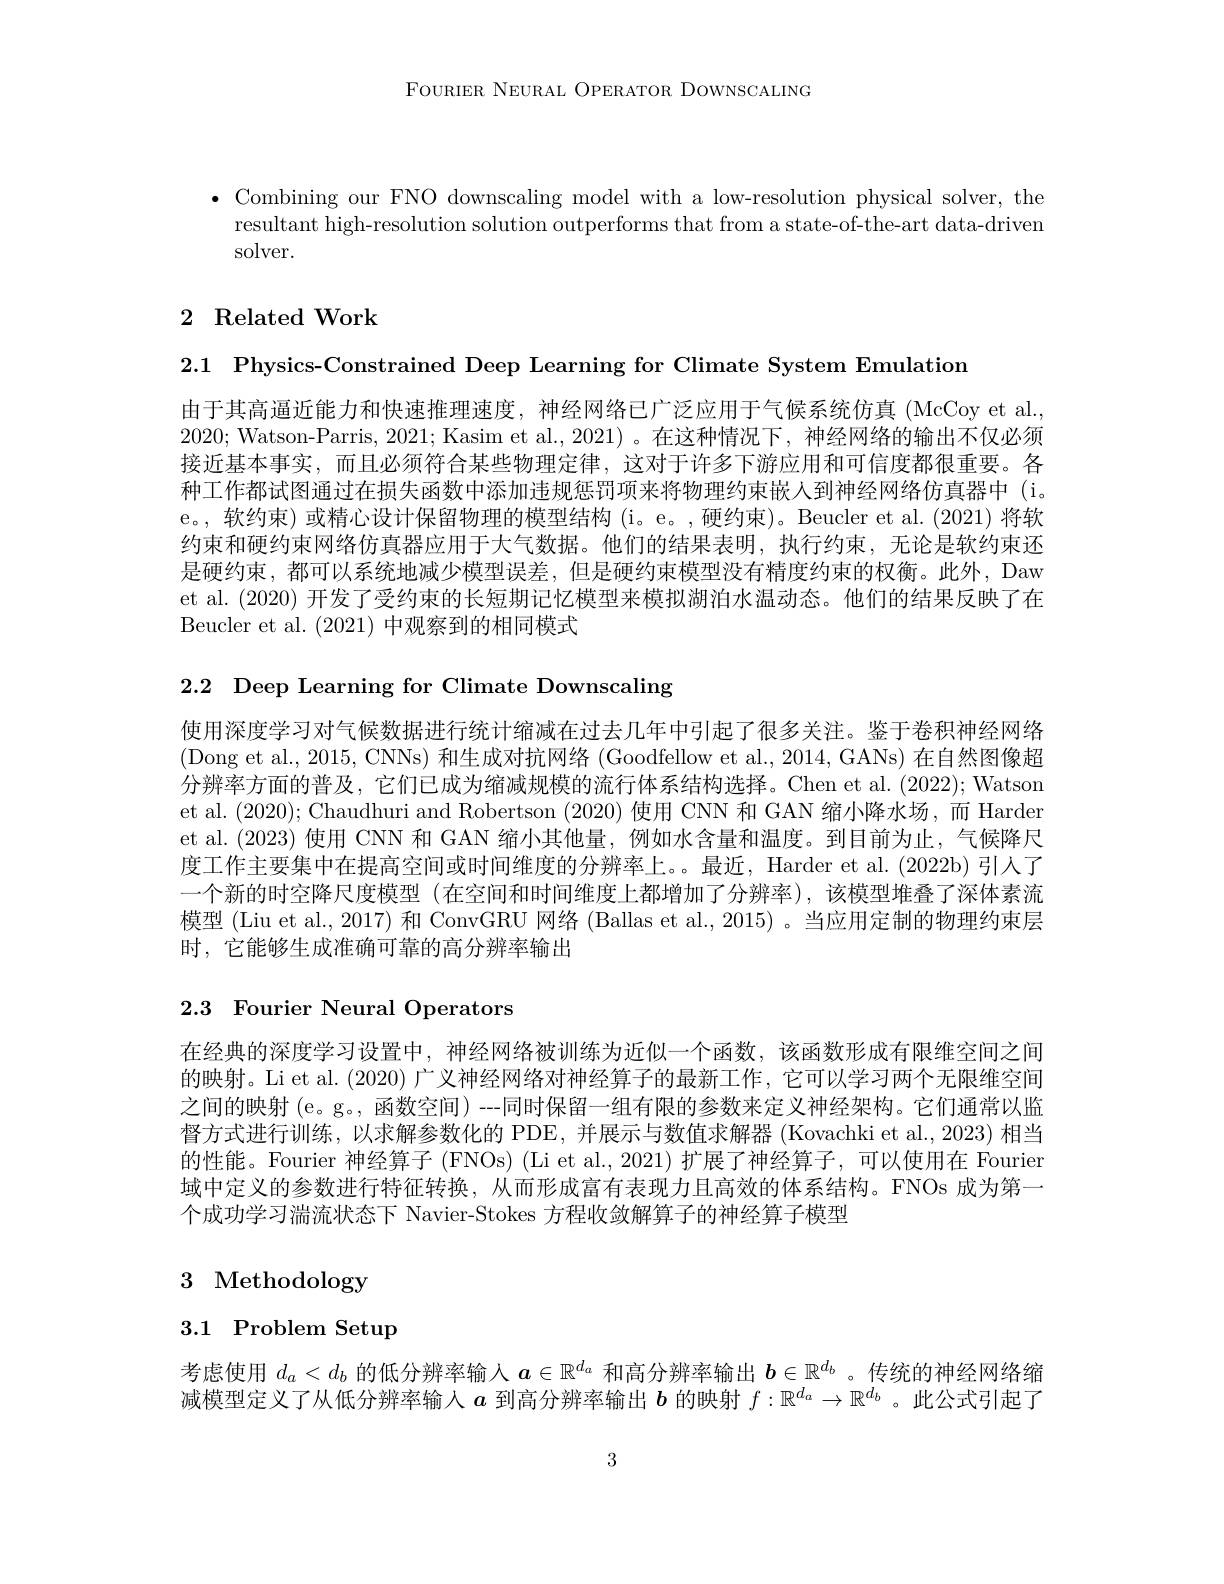
FOURIER NEURAL OPERATOR DOWNSCALING

$\bullet$ Combining our FNO downscaling model with a low-resolution physical solver, the
resultant high-resolution solution outperforms that from a state-of-the-art data-driven
solver.

## 2 Related Work

2.1 Physics-Constrained Deep Learning for Climate System Emulation

由于其高逼近能力和快速推理速度，神经网络已广泛应用于气候系统仿真(McCoy et al. 2020; Watson-Parris, 2021; Kasim et al., 2021)。在这种情况下，神经网络的输出不仅必须接近基本事实，而且必须符合某些物理定律，这对于许多下游应用和可信度都很重要。各种工作都试图通过在损失函数中添加违规惩罚项来将物理约束嵌人到神经网络仿真器中 (i。e。, 软约束) 或精心设计保留物理的模型结构 (i。e。,硬约束)。Beucler et al.(2021)将软约束和硬约束网络仿真器应用于大气数据。他们的结果表明，执行约束，无论是软约束还是硬约束，都可以系统地减少模型误差，但是硬约束模型没有精度约束的权衡。此外，Daw et al. (2020) 开发了受约束的长短期记忆模型来模拟湖泊水温动态。他们的结果反映了在Beucler et al. (2021)中观察到的相同模式

2.2 Deep Learning for Climate Downscaling

使用深度学习对气候数据进行统计缩减在过去几年中引起了很多关注。鉴于卷积神经网络(Dong et al., 2015, CNNs) 和生成对抗网络 (Goodfellow et al., 2014, GANs) 在自然图像超分辨率方面的普及，它们已成为缩减规模的流行体系结构选择。Chen et al. (2022); Watson et al. (2020); Chaudhuri and Robertson (2020)使用 CNN 和 GAN 缩小降水场，而 Harder et al.(2023) 使用 CNN 和 GAN 缩小其他量，例如水含量和温度。到目前为止，气候降尺度工作主要集中在提高空间或时间维度的分辨率上。。最近，Harder et al. (2022b) 引人了一个新的时空降尺度模型 (在空间和时间维度上都增加了分辨率),该模型堆叠了深体素流模型 (Liu et al., 2017) 和 ConvGRU 网络 (Ballas et al., 2015) 。当应用定制的物理约束层时，它能够生成准确可靠的高分辨率输出

# 2.3 Fourier Neural Operators

在经典的深度学习设置中，神经网络被训练为近似一个函数，该函数形成有限维空间之间的映射。Li et al. (2020) 广义神经网络对神经算子的最新工作，它可以学习两个无限维空间之间的映射 (e。g。, 函数空间) --同时保留一组有限的参数来定义神经架构。它们通常以监督方式进行训练，以求解参数化的 PDE, 并展示与数值求解器 (Kovachki et al., 2023) 相当的性能。Fourier 神经算子 (FNOs) (Li et al., 2021) 扩展了神经算子，可以使用在 Fourier 域中定义的参数进行特征转换，从而形成富有表现力且高效的体系结构。FNOs 成为第一个成功学习湍流状态下 Navier-Stokes 方程收敛解算子的神经算子模型

# 3 Methodology

# 3.1 Problem Setup

考虑使用$d_a<d_b$的低分辨率输人$a\in\mathbb{R}^d_a$和高分辨率输出$b\in\mathbb{R}^d_b$ 。传统的神经网络缩减模型定义了从低分辨率输入$a$到高分辨率输出$b$的映射$f:\mathbb{R}^d_a\to\mathbb{R}^{d_b}$ 。此公式引起了

3